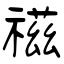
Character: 禌